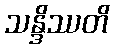
သန္ဒိဿတိ